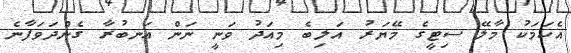
އެކަމަކު މާލޭ ސިޓީގެ މޭޔަރު އަލިބެ މިއަދު ވަނީ ނަން އަނބުރާ ގެންދަވަފާނެ